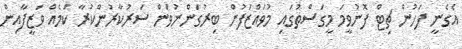
އެގެނީ ފަހުން ޗިޓް ފޮނުވީމަ މީގަސްތުގައި މުވައްޒަފުން ބިރުގަންނުވަން ސަރުކާރުންކުރާ ކަމެއް ވަޒީފާއިން